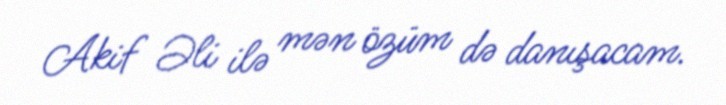
Akif Əli ilə mən özüm də danışacam.